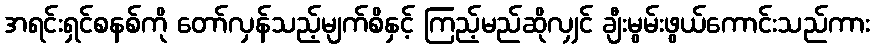
အရင်းရှင်စနစ်ကို တော်လှန်သည့်မျက်စိနှင့် ကြည့်မည်ဆိုလျှင် ချီးမွမ်းဖွယ်ကောင်းသည်ကား